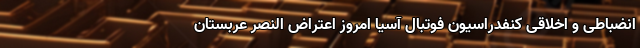
انضباطی و اخلاقی کنفدراسیون فوتبال آسیا امروز اعتراض النصر عربستان